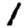
Digit: 1